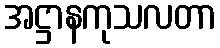
အဋ္ဌာနကုသလတာ